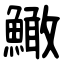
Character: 䲎